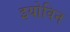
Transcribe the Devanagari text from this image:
इयोविन